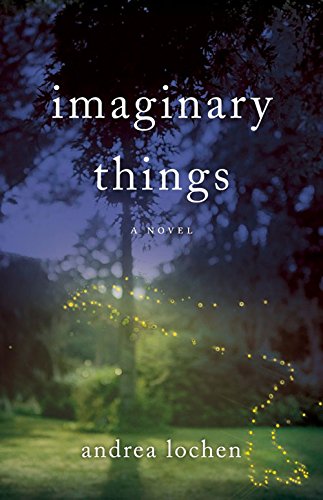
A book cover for Imaginary Things; Andrea Lochen; Science Fiction & Fantasy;